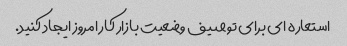
استعاره ای برای توصیف وضعیت بازار کار امروز ایجاد کنید.